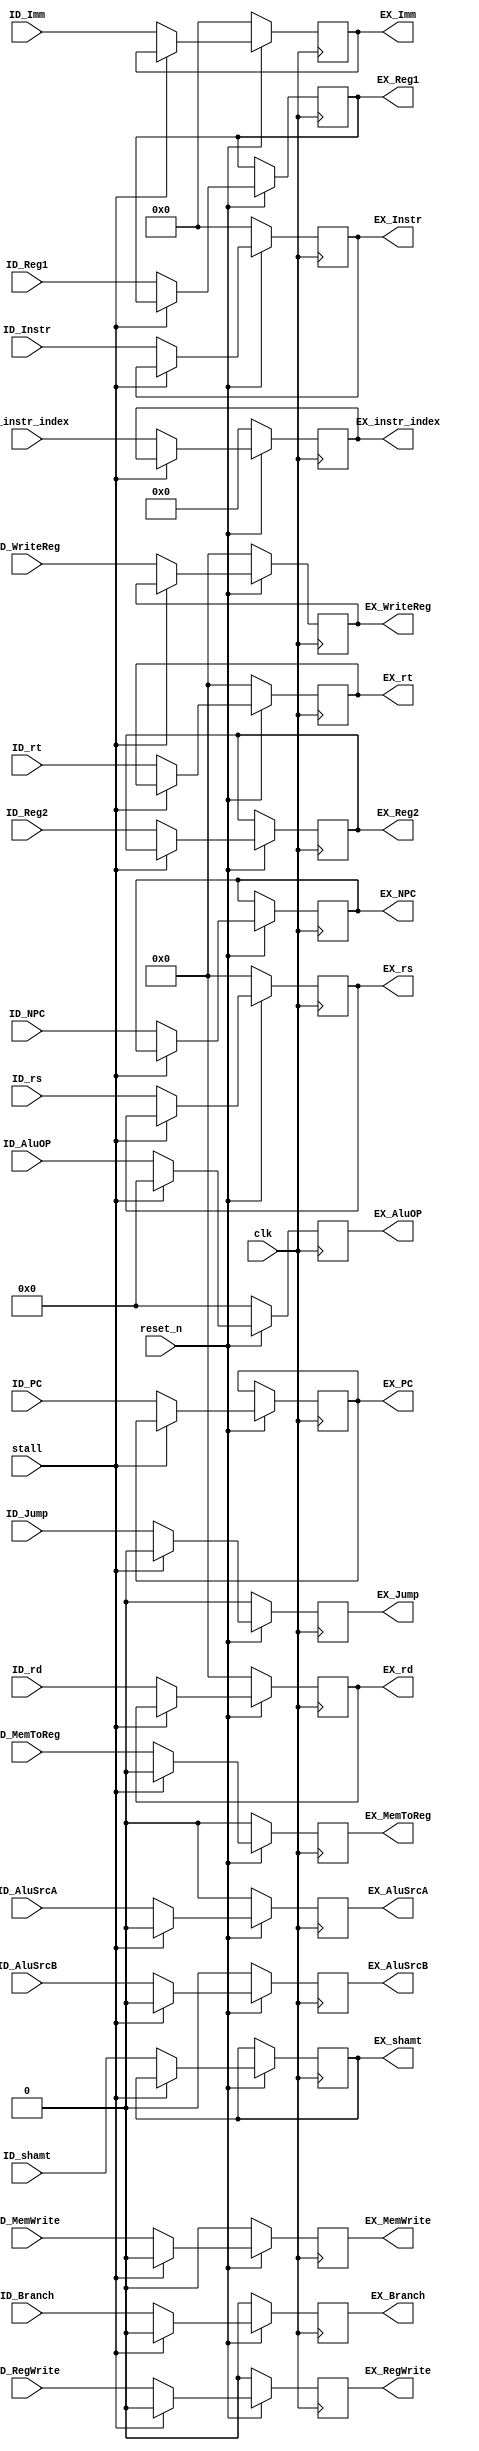
`timescale 1ns / 1ps

module ID_EX_Reg(
    input clk,
    input stall,
    input reset_n,

    input [31:0]ID_Instr, // signal for debug
    output reg [31:0] EX_Instr,

    input ID_RegWrite,
    input ID_MemToReg,
    input ID_MemWrite,
    input [5:0] ID_AluOP,
    input ID_Branch,
    input ID_AluSrcB,
    input ID_AluSrcA,
    input ID_Jump,
    input [31:0] ID_Imm,
    input [31:0] ID_Reg1,
    input [31:0] ID_Reg2,
    input [4:0] ID_WriteReg,
    input [25:0] ID_instr_index,
    input [31:0] ID_NPC,

    // For Instr SLL: shamt
    input [4:0] ID_shamt,
    output reg [4:0] EX_shamt, 

    // rs,rt,rd
    input [4:0] ID_rs,
    input [4:0] ID_rt,
    input [4:0] ID_rd,
    output reg [4:0] EX_rs,
    output reg [4:0] EX_rt,
    output reg [4:0] EX_rd,
    //

    input [31:0] ID_PC,
    output reg [31:0] EX_PC,

    output reg EX_RegWrite,
    output reg EX_MemToReg,
    output reg EX_MemWrite,
    output reg [5:0] EX_AluOP,
    output reg EX_Branch,
    output reg EX_AluSrcB,
    output reg EX_AluSrcA,
    output reg EX_Jump,
    output reg [31:0] EX_Imm,
    output reg [31:0] EX_Reg1,
    output reg [31:0] EX_Reg2,
    output reg [4:0] EX_WriteReg,
    output reg [25:0] EX_instr_index,
    output reg [31:0] EX_NPC
    );

    always @(posedge clk) begin
        if (!reset_n) begin
            EX_RegWrite <= 0;
            EX_MemToReg <= 0;
            EX_MemWrite <= 0;
            EX_AluOP <= 0;
            EX_Branch <= 0;
            EX_AluSrcB <= 0;
            EX_AluSrcA <= 0;
            EX_Jump <= 0;
            EX_Imm <= 0;

            EX_WriteReg <= 0;
            EX_instr_index <= 0;

            //rs rt rd
            EX_rs <= 0;
            EX_rt <= 0;
            EX_rd <= 0;

            //Instr
            EX_Instr <= 0;
        end
        else begin
            if (stall) begin
                EX_RegWrite <= 0;
                EX_MemToReg <= 0;
                EX_MemWrite <= 0;
                EX_AluOP <= 0;
                EX_Branch <= 0;
                EX_AluSrcB <= 0;
                EX_AluSrcA <= 0;
                EX_Jump <= 0;

                EX_Instr <= EX_Instr;
                EX_PC <= EX_PC;
                EX_NPC <= EX_NPC;

            end
            else begin
                EX_RegWrite <= ID_RegWrite;
                EX_MemToReg <= ID_MemToReg;
                EX_MemWrite <= ID_MemWrite;
                EX_AluOP <= ID_AluOP;
                EX_Branch <= ID_Branch;
                EX_AluSrcB <= ID_AluSrcB;
                EX_AluSrcA <= ID_AluSrcA;
                EX_Jump <= ID_Jump;
                EX_Imm <= ID_Imm;
                EX_Reg1 <= ID_Reg1;
                EX_Reg2 <= ID_Reg2;
                EX_WriteReg <= ID_WriteReg;
                EX_instr_index <= ID_instr_index;
                EX_NPC <= ID_NPC;

                // rs rt rd
                EX_rs <= ID_rs;
                EX_rt <= ID_rt;
                EX_rd <= ID_rd;

                // Instr
                EX_Instr <= ID_Instr;

                // PC
                EX_PC <= ID_PC;

                // shamt
                EX_shamt <= ID_shamt; // Unsigned Extend
            end
        end
    end
endmodule